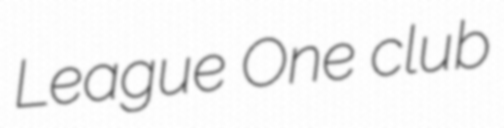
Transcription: League One club